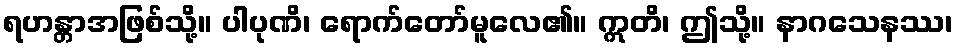
ရဟန္တာအဖြစ်သို့။ ပါပုဏိ၊ ရောက်တော်မူလေ၏။ ဣတိ၊ ဤသို့။ နာဂသေနဿ၊